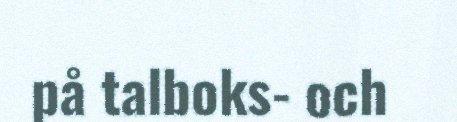
på talboks- och